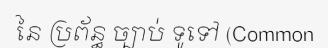
នៃ ប្រព័ន្ធ ច្បាប់ ទូទៅ (Common